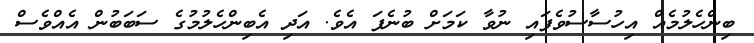
ބިންހެލުމެއް އިހުސާސުވެފައި ނުވާ ކަމަށް ބުނެފަ އެވެ. އަދި އެބިންހެލުމުގެ ސަބަބުން އެއްވެސް